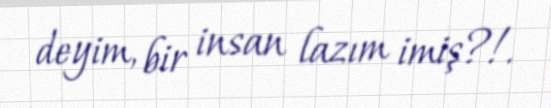
deyim, bir insan lazım imiş?!.